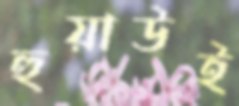
হুয়াউই